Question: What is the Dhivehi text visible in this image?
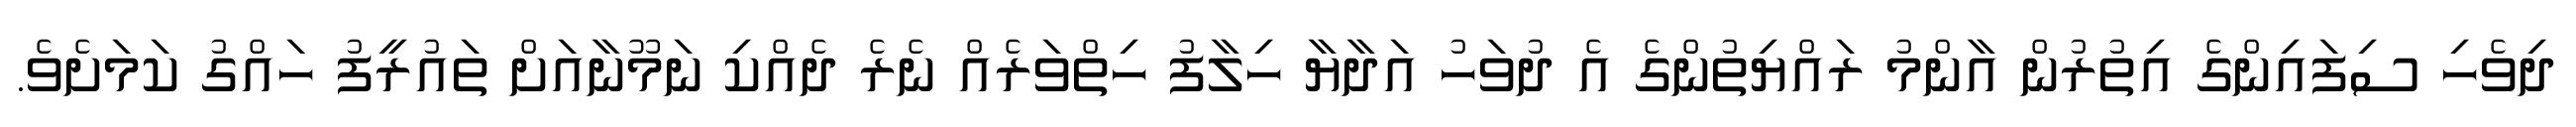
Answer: ދިވެހި ސިފައިންގެ އިތުރުން އާންމު ރައްޔިތުންގެ އެ ދުވަހު އަދާޔާ ހިލާފު ހިތްވަރެއް ނެރެ ދެއްކި ނަމޫނާއަށް ތައުރީފު ހައްގު ކަމަށެވެ.